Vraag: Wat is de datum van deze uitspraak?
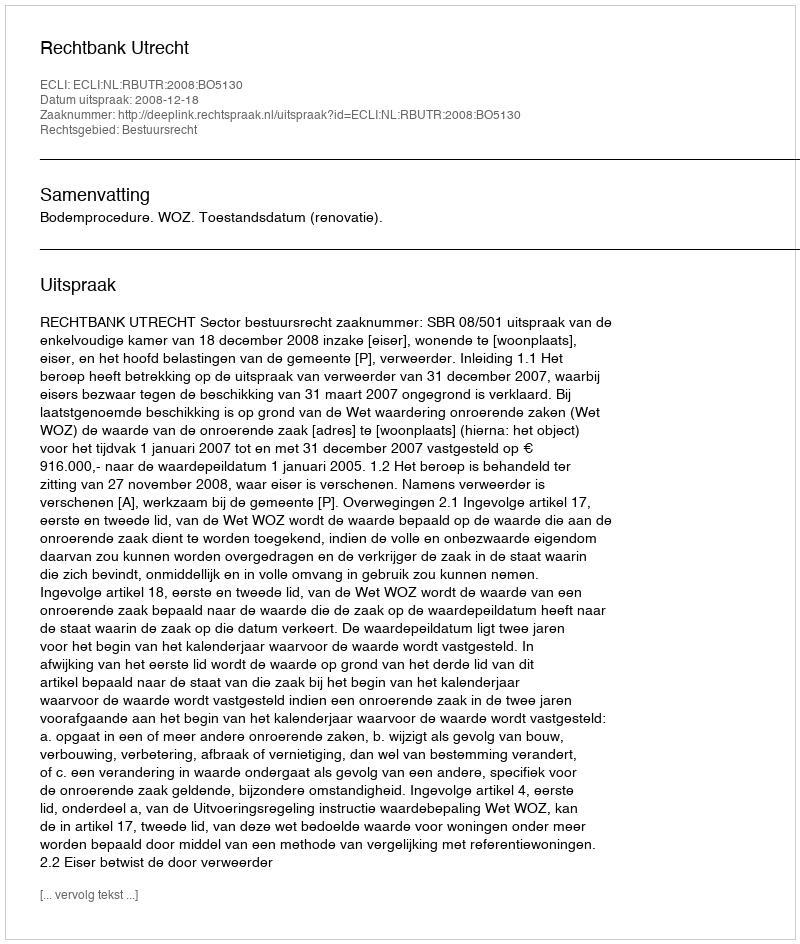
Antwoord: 2008-12-18